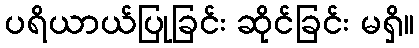
ပရိယာယ်ပြုခြင်း ဆိုင်ခြင်း မရှိ။